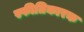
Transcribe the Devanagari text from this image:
स्फीतिकारक